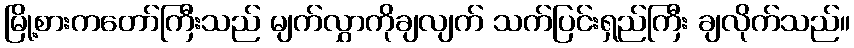
မြို့စားကတော်ကြီးသည် မျက်လွှာကိုချလျက် သက်ပြင်းရှည်ကြီး ချလိုက်သည်။